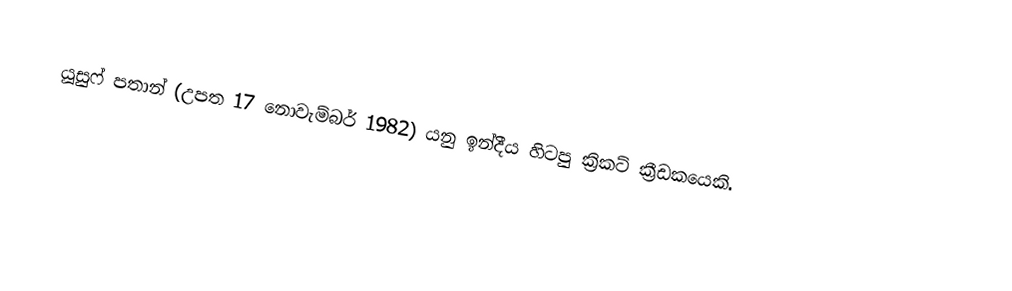
යූසුෆ් පතාන් (උපත 17 නොවැම්බර් 1982) යනු ඉන්දීය හිටපු ක්‍රිකට් ක්‍රීඩකයෙකි.